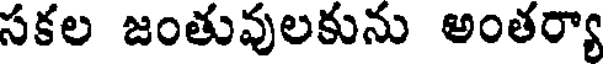
సకల జంతువులకును అంతర్యా